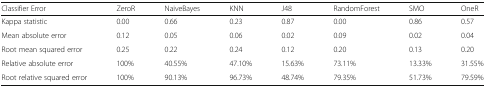
| Classifier Error | ZeroR | NaiveBayes | KNN | J48 | RandomForest | SMO | OneR |
 | --- | --- | --- | --- | --- | --- | --- | --- |
 | Kappa statistic | 0.00 | 0.66 | 0.23 | 0.87 | 0.00 | 0.86 | 0.57 |
 | Mean absolute error | 0.12 | 0.05 | 0.06 | 0.02 | 0.09 | 0.02 | 0.04 |
 | Root mean squared error | 0.25 | 0.22 | 0.24 | 0.12 | 0.20 | 0.13 | 0.20 |
 | Relative absolute error | 100% | 40.55% | 47.10% | 15.63% | 73.11% | 13.33% | 31.55% |
 | Root relative squared error | 100% | 90.13% | 96.73% | 48.74% | 79.35% | 51.73% | 79.59% |